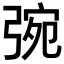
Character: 𢏿